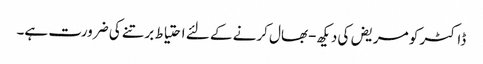
ڈاکٹر کو مریض کی دیکھ-بھال کرنے کے لئے احتیاط برتنے کی ضرورت ہے۔